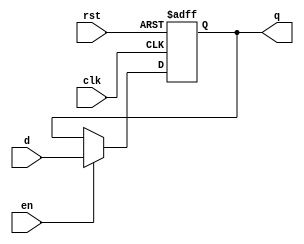
module AsyncResetReg (d, q, en, clk, rst);
parameter RESET_VALUE = 0;

input  wire d;
output reg  q;
input  wire en;
input  wire clk;
input  wire rst;

   // There is a lot of initialization
   // here you don't normally find in Verilog
   // async registers because of scenarios in which reset
   // is not actually asserted cleanly at time 0,
   // and we want to make sure to properly model
   // that, yet Chisel codebase is absolutely intolerant
   // of Xs.
`ifndef SYNTHESIS
  integer    initvar;
  reg [31:0] _RAND;
  initial begin
    `ifdef RANDOMIZE
    _RAND = {1{$random}};
    q = _RAND[0];
    `endif // RANDOMIZE
    if (rst) begin
      q = RESET_VALUE;
    end 
  end
`endif

   always @(posedge clk or posedge rst) begin

      if (rst) begin
         q <= RESET_VALUE;
      end else if (en) begin
         q <= d;
      end
   end
 
endmodule